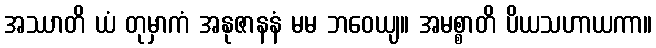
အဿာတိ ယံ တုမှာကံ အနုဇာနနံ မမ ဘဝေယျ။ အမစ္စာတိ ပိယသဟာယကာ။